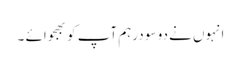
انہوں نے دو سو درہم آپ کو بھجوائے ۔